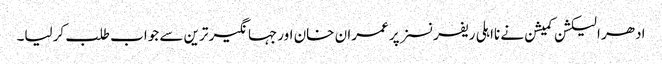
ادھر الیکشن کمیشن نے نااہلی ریفرنسز پر عمران خان اورجہانگیر ترین سے جواب طلب کرلیا۔